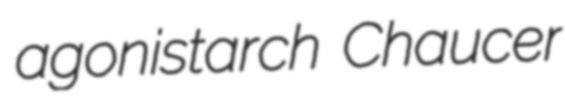
agonistarch Chaucer